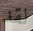
لقد